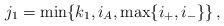
LaTeX: \begin{align*} j_1= \min\{k_1, i_A, \max\{i_+, i_-\}\} \, ,\end{align*}